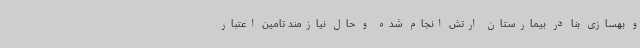
و بهسازی بنا در بیمارستان ارتش انجام شده و حال نیازمند تامین اعتبار